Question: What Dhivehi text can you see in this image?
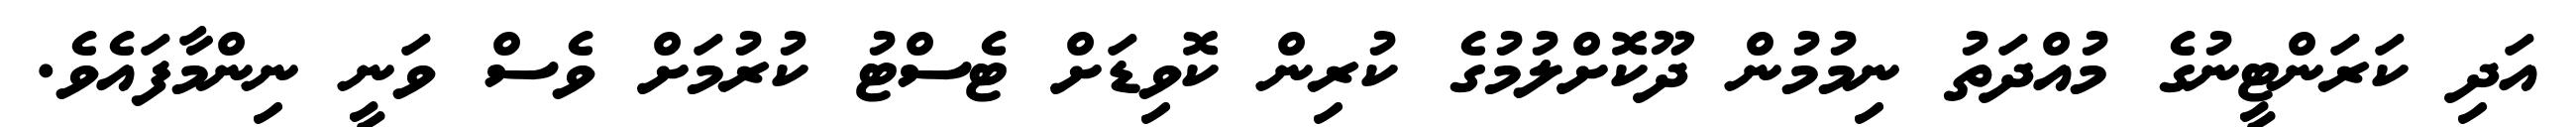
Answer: އަދި ކަރަންޓީނުގެ މުއްދަތު ނިމުމުން ދޫކޮށްލުމުގެ ކުރިން ކޮވިޑަށް ޓެސްޓު ކުރުމަށް ވެސް ވަނީ ނިންމާފައެވެ.